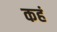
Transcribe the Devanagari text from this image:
कहं